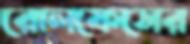
রোলফেসের